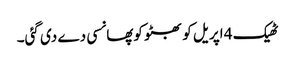
ٹھیک 4 اپریل کو بھٹو کوپھانسی دے دی گئی۔